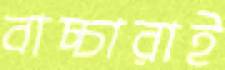
বাচ্চারাই